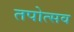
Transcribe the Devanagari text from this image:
तपोत्सव